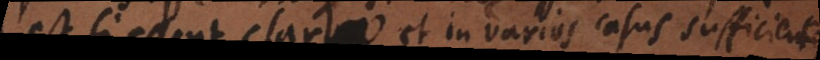
est si essent clarae et in varios casus sufficient